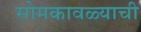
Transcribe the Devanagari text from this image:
सोमकावळ्याची